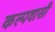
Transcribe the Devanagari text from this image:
कल्पवासी